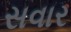
સવાર